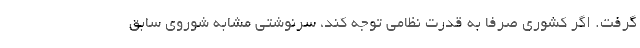
گرفت. اگر کشوری صرفا به قدرت نظامی توجه کند، سرنوشتی مشابه شوروی سابق